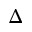
\Delta